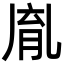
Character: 𦚯